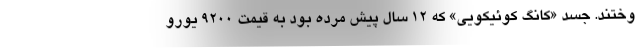
وختند. جسد «کانگ کوئیکویی» که ۱۲ سال پیش مرده بود به قیمت ۹۲۰۰ یورو